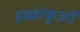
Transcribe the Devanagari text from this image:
इक्ष्वांकुओं